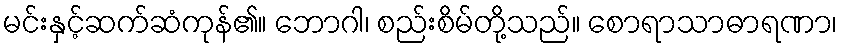
မင်းနှင့်ဆက်ဆံကုန်၏။ ဘောဂါ၊ စည်းစိမ်တို့သည်။ စောရာသာဓာရဏာ၊